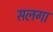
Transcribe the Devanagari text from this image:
सलगा